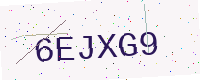
Text: 6EJXG9